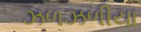
ઝળઝળીયા